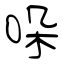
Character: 哚